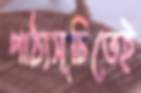
পাঠ্যসূচিতেই